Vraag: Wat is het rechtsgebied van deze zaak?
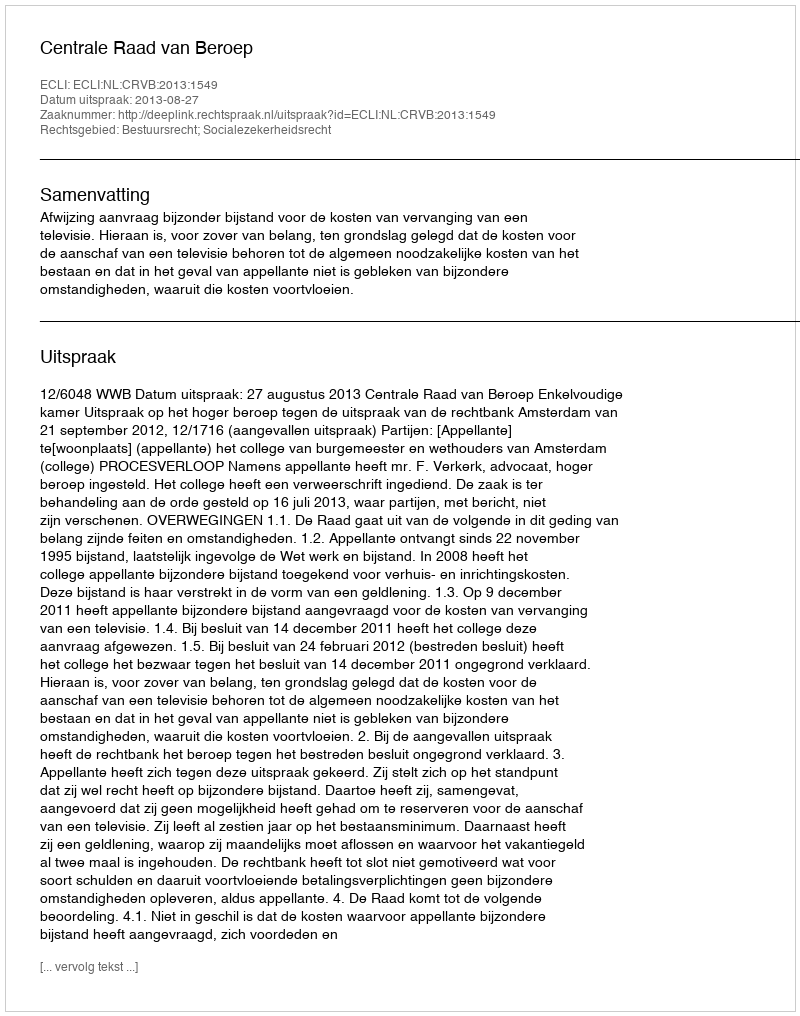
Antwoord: Bestuursrecht; Socialezekerheidsrecht